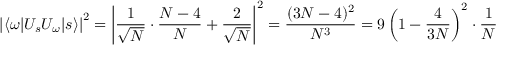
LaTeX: \left| \langle \omega | U _ { s } U _ { \omega } | s \rangle \right| ^ { 2 } = \left| { \frac { 1 } { \sqrt { N } } } \cdot { \frac { N - 4 } { N } } + { \frac { 2 } { \sqrt { N } } } \right| ^ { 2 } = { \frac { ( 3 N - 4 ) ^ { 2 } } { N ^ { 3 } } } = 9 \left( 1 - { \frac { 4 } { 3 N } } \right) ^ { 2 } \cdot { \frac { 1 } { N } }